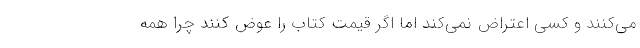
می‌کنند و کسی اعتراض نمی‌کند اما اگر قیمت کتاب را عوض کنند چرا همه